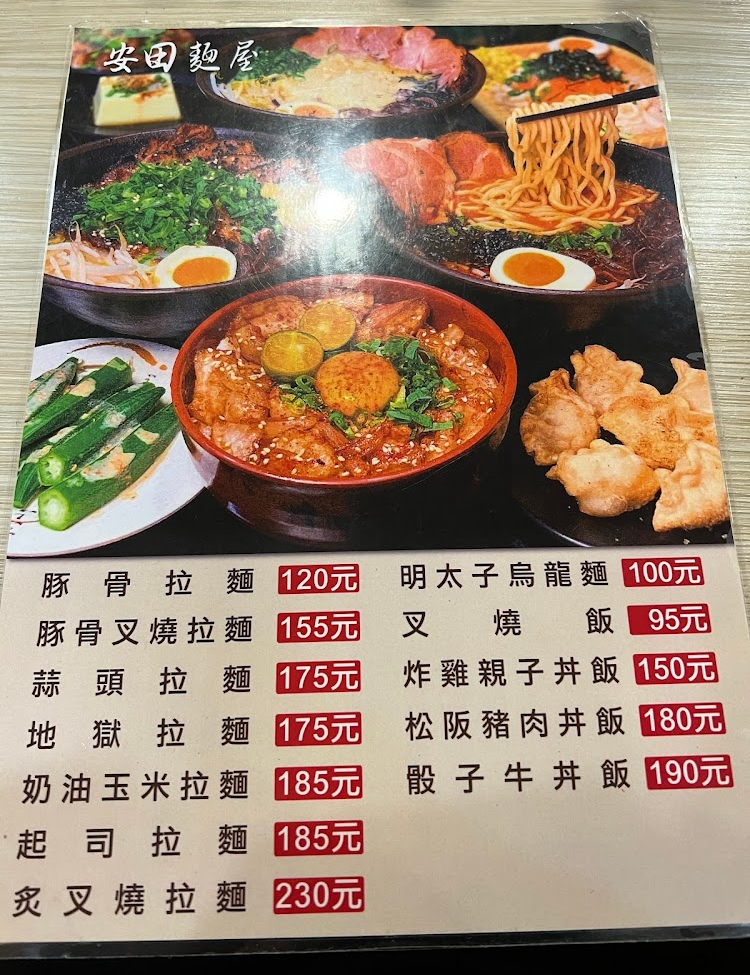
餐廳：安田麵屋
菜單：
name: 豚骨拉麵
price: 120
name: 明太子烏龍麵
price: 100
name: 豚骨叉燒拉麵
price: 155
name: 叉燒飯
price: 95
name: 蒜頭拉麵
price: 175
name: 炸雞親子丼飯
price: 150
name: 地獄拉麵
price: 175
name: 松阪豬肉丼飯
price: 180
name: 奶油玉米拉麵
price: 185
name: 骰子牛丼飯
price: 190
name: 起司拉麵
price: 185
name: 炙叉燒拉麵
price: 230